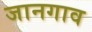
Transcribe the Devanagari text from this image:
जानगाव